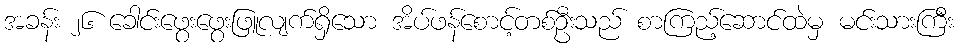
အခန်း ၂၆ ခေါင်းဖွေးဖွေးဖြူလျက်ရှိသော အိပ်ဖန်စောင့်တစ်ဦးသည် စာကြည့်ဆောင်ထဲမှ မင်းသားကြီး